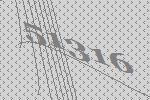
51316